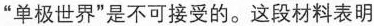
”单极世界”是不可接受的。这段材料表明